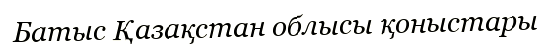
Батыс Қазақстан облысы қоныстары